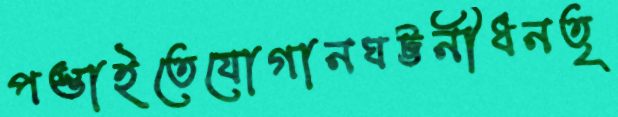
পস্তাইতেযোগানঘট্টনীধনতৃ